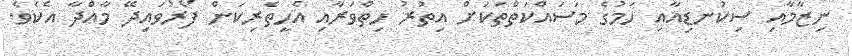
ނިޒާމާއި ސިކުނޑިއާއި ހަމުގެ މަސައްކަތްތަކަށް އިތުރު ހިތްވަރާއި އެހީތެރިކަން ފޯރުވައިދޭ މާއްދާ އެކެވެ.